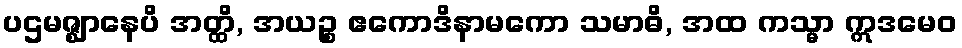
ပဌမဇ္ဈာနေပိ အတ္ထိ, အယဉ္စ ဧကောဒိနာမကော သမာဓိ, အထ ကသ္မာ ဣဒမေဝ